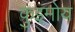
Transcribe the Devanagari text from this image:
कुइमोय